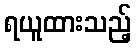
ရယူထားသည့်